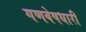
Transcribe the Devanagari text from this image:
गणवेषधारी